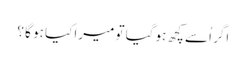
اگر اُسے کچھ ہو گیا تو میرا کیا ہو گا ؟